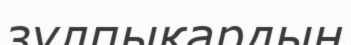
зұлпықардың